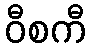
ဝီစကီ